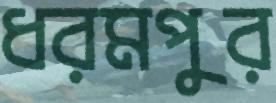
ধরমপুর